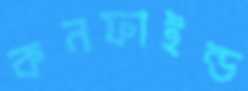
কনফাইন্ড